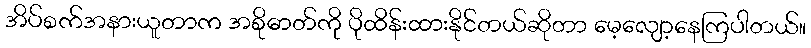
အိပ်စက်အနားယူတာက အစိုဓာတ်ကို ပိုထိန်းထားနိုင်တယ်ဆိုတာ မေ့လျော့နေကြပါတယ်။